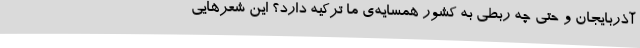
آذربایجان و حتی چه ربطی به کشور همسایه‌ی ما ترکیه دارد؟ این شعرهایی